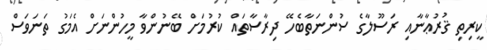
ކީރިތި ޤުރުޢާނާއި ރަސޫލާގެ ސުންނަތާބެހޭ ދިރާސާތައް ކުރުމަށް ބޭނުންވާ މީހުންނަށް އެމަގު ތަނަވަސް